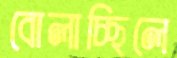
বোলাচ্ছিলে